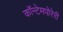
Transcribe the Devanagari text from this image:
कॉन्टेमपोरेरी